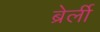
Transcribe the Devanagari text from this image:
ब्रेर्ली